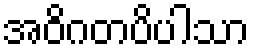
အဝိဂတပိပါသာ